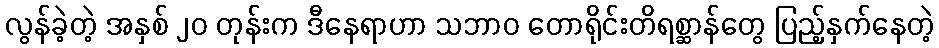
လွန်ခဲ့တဲ့ အနှစ် ၂၀ တုန်းက ဒီနေရာဟာ သဘာဝ တောရိုင်းတိရစ္ဆာန်တွေ ပြည့်နှက်နေတဲ့